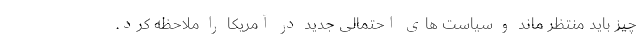
چیز باید منتظر ماند و سیاست های احتمالی جدید در آمریکا را ملاحظه کرد.